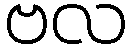
ဗလ